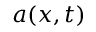
a ( x , t )